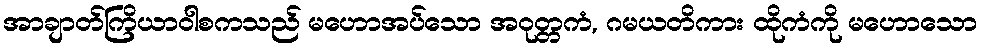
အာချာတ်ကြိယာဝါစကသည် မဟောအပ်သော အဝုတ္တကံ, ဂမယတိကား ထိုကံကို မဟောသော